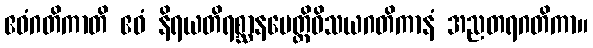
ဧဝံဂတိကာတိ ဧဝံ နိရယတိရစ္ဆာနပေတ္တိဝိသယဂတိကာနံ အညတရဂတိကာ။